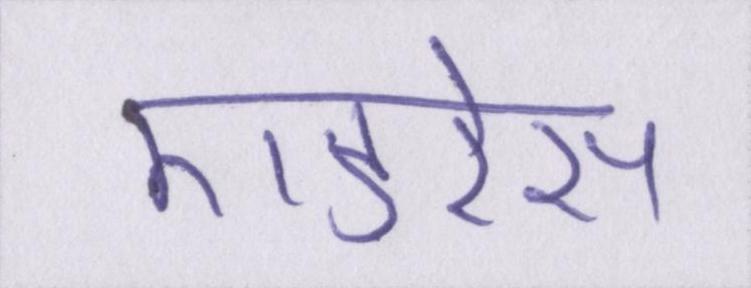
एडरेस